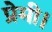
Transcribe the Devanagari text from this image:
प्रेमी।